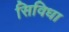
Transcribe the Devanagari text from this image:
सिविधा